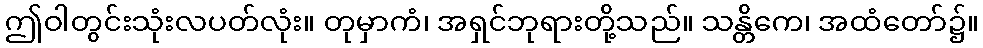
ဤဝါတွင်းသုံးလပတ်လုံး။ တုမှာကံ၊ အရှင်ဘုရားတို့သည်။ သန္တိကေ၊ အထံတော်၌။